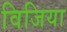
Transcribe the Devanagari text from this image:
विजिया